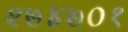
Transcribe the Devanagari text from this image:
२७४७०१